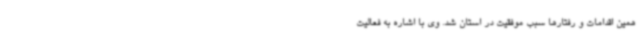
همین اقدامات و رفتارها سبب موفقیت در استان شد. وی با اشاره به فعالیت